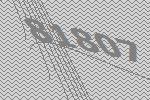
81807